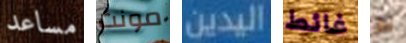
مساعد مونت اليدين غائط لم